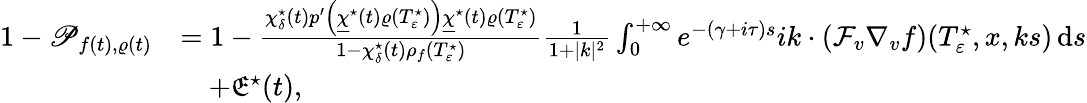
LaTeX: \begin{array}{rl}{1-\mathscr{P}_{f(t),\varrho(t)}}&{=1-\frac{\chi_{\delta}^{\star}(t)p^{\prime}\left(\underline{{\chi}}^{\star}(t)\varrho(T_{\varepsilon}^{\star})\right)\underline{{\chi}}^{\star}(t)\varrho(T_{\varepsilon}^{\star})}{1-\chi_{\delta}^{\star}(t)\rho_{f}(T_{\varepsilon}^{\star})}\frac{1}{1+\vert k\vert^{2}}\int_{0}^{+\infty}e^{-(\gamma+i\tau)s}ik\cdot\left(\mathcal{F}_{v}\nabla_{v}f\right)(T_{\varepsilon}^{\star},x,ks)\, \mathrm{d}s}\\ &{\quad+\mathfrak{E}^{\star}(t),}\end{array}